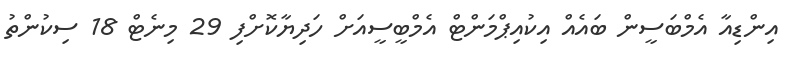
އިންޑިއާ އެމްބަސީން ބައެއް އިކުއިޕްމަންޓް އެމްބީސީއަށް ހަދިޔާކޮށްފި 29 މިނެޓް 18 ސިކުންތު